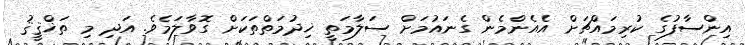
އިންސާފުގެ ކުރިމައްޗަށް އެއެންމެން ގެނައުމަށް ސަލާމަތީ ޚިދުމަތްތަކަށް ގޮވާލަމެވެ. އަދި މި ތަޚްޤީޤު